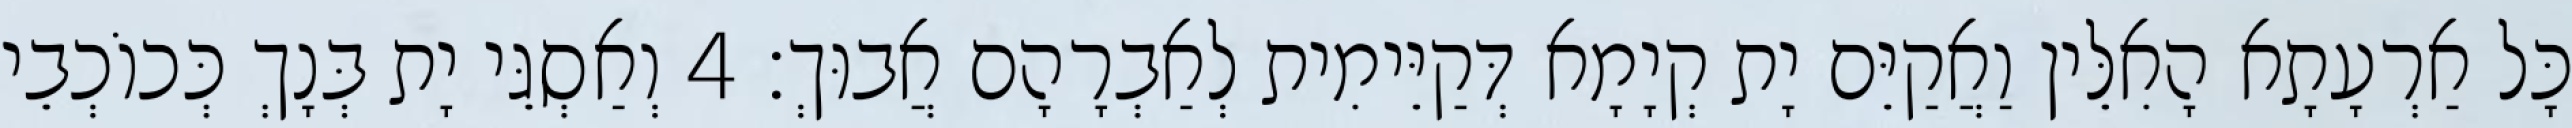
כָּל אַרְעָתָא הָאִלֵּין וַאֲקַיֵּם יָת קְיָמָא דְּקַיֵּימִית לְאַבְרָהָם אֲבוּךְ׃ 4 וְאַסְגֵּי יָת בְּנָךְ כְּכוֹכְבֵי